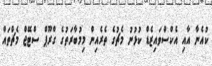
ކުއެނާ އާއި އެކްސްވައިޒެޑް ކުޅުނު މެޗުގެ ތެރެއިން މިމުބާރަތުގެ ގްރޫޕް ސްޓޭޖް މެޗްތައް